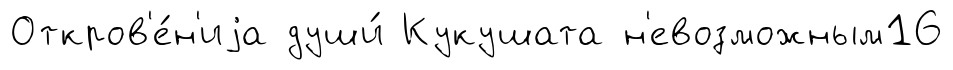
Откров'е́н'иjа души́ Кукушата н'евозможным16